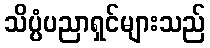
သိပ္ပံပညာရှင်များသည်